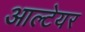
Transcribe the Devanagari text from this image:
आल्टेयर